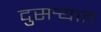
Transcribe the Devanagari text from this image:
दुसर्‍यात